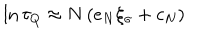
\ln \tau _ { Q } \approx N \left( e _ { N } \xi _ { \sigma } + c _ { N } \right)